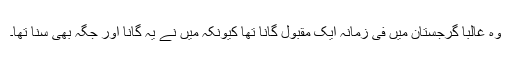
وہ غالبا گرجستان میں فی زمانہ ایک مقبول گانا تھا کیونکہ میں نے یہ گانا اور جگہ بھی سنا تھا۔